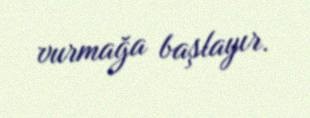
vurmağa başlayır.